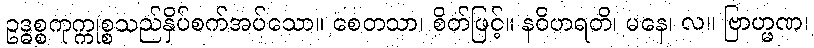
ဥဒ္ဓစ္စကုက္ကုစ္စသည်နှိပ်စက်အပ်သော။ စေတသာ၊ စိတ်ဖြင့်။ နဝိဟရတိ၊ မနေ၊ လ။ ဗြာဟ္မဏ၊